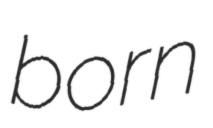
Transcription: born